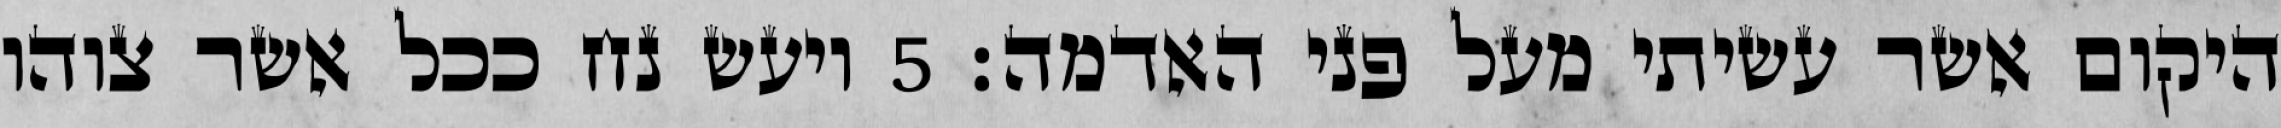
היקום אשר עשיתי מעל פני האדמה׃ ‎5‏ ויעש נח ככל אשר צוהו